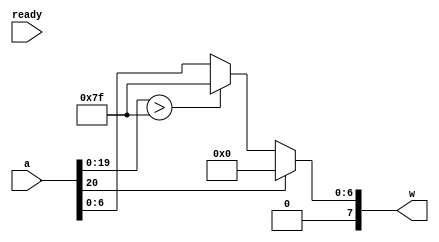
`timescale 1ns / 1ns

module activation_function #
	( 	parameter DW = 8,
		parameter O_VEC = 21
	)(
		input 	wire 	[O_VEC-1:0]  	a,
		input wire ready,
		output 	reg	[DW-1:0]	w
	);
	
	always@(*) begin
		if (a[O_VEC-1] == 1'b1)
			w = 8'b0;
		else begin
			if (a[O_VEC-2:0] > 127) 
				w = {1'b0, 7'b1111111};
			else
				w = {1'b0, a[6:0]};
		end
	end
	
endmodule